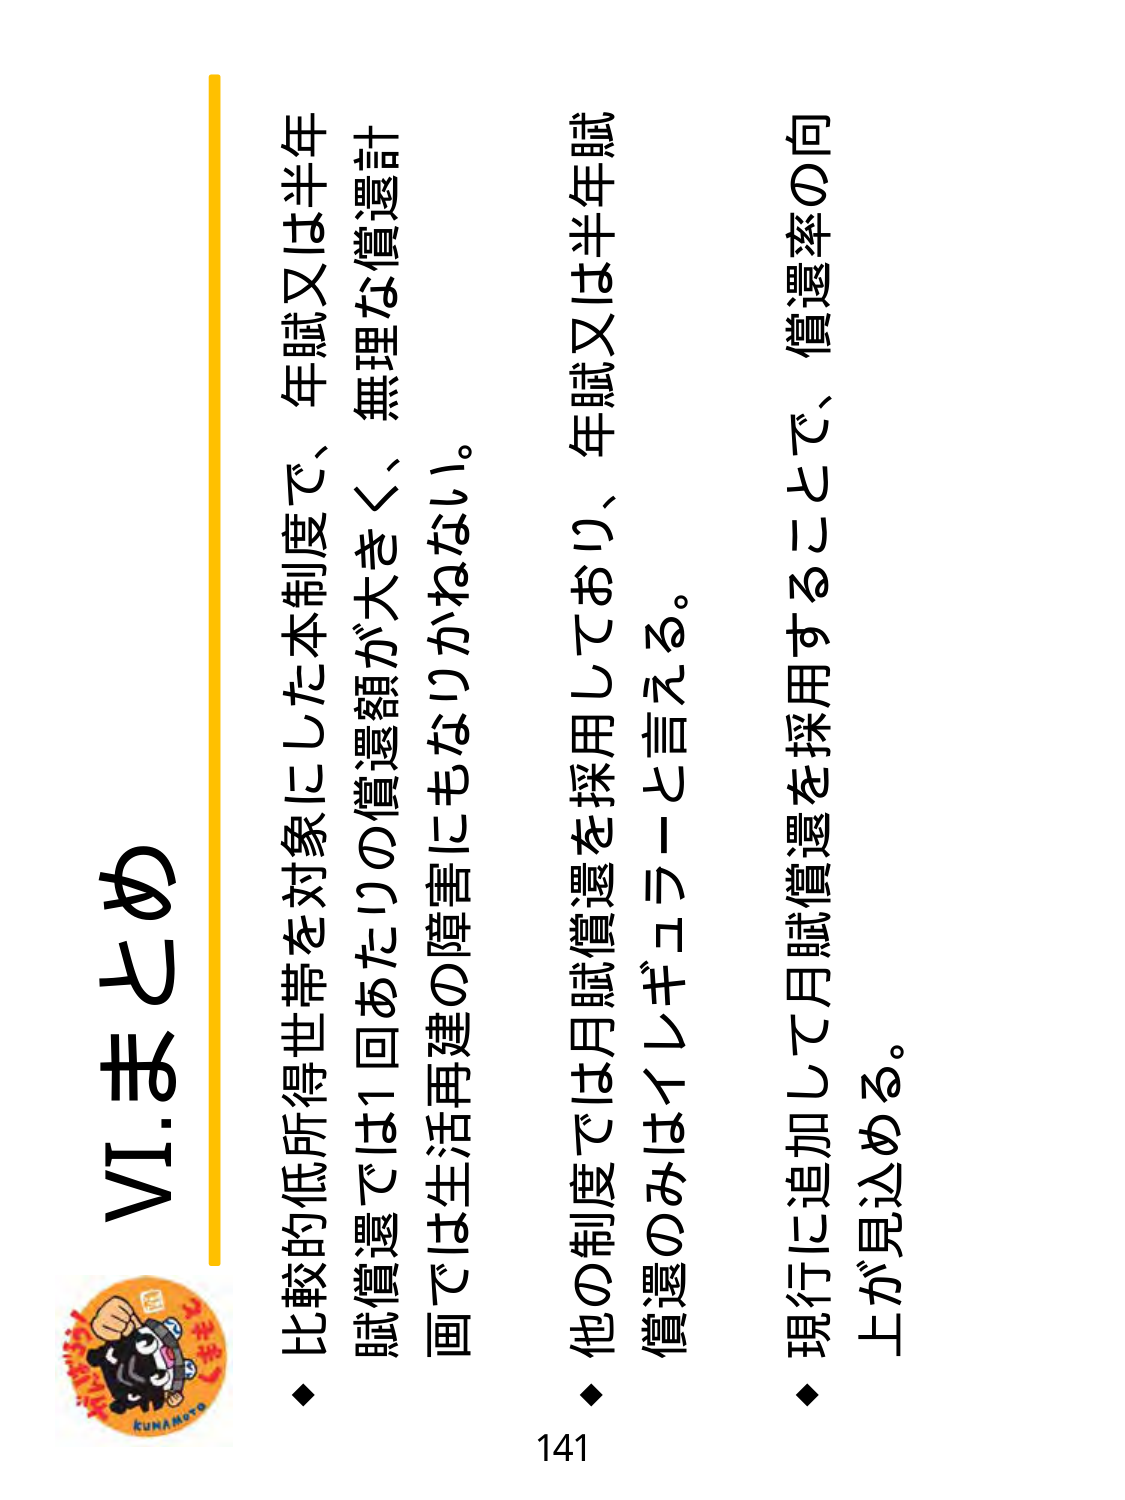
VI.まとめ

◆ 比較的低所得世帯を対象にした本制度で、年賦又は半年賦償還では1回あたりの償還額が大きく、無理な償還計画では生活再建の障害にもなりかねない。

◆ 他の制度では月賦償還を採用しており、年賦又は半年賦償還のみはイレギュラーと言える。

◆ 現行に追加して月賦償還を採用することで、償還率の向上が見込める。

141

kunamoto